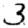
Digit: 3